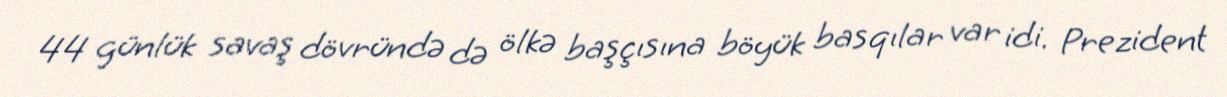
44 günlük savaş dövründə də ölkə başçısına böyük basqılar var idi. Prezident